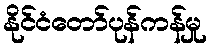
နိုင်ငံတော်ပုန်ကန်မှု